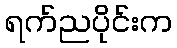
ရက်ညပိုင်းက